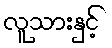
လူသားနှင့်